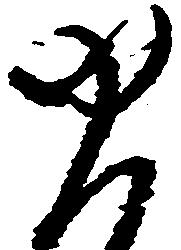
ゆ